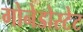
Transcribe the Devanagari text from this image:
गोनेडोस्टेट